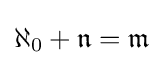
\aleph _{0}+{\mathfrak {n}}={\mathfrak {m}}